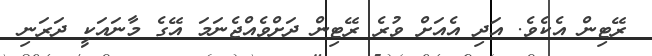
ރޭޓިން އެކެވެ. އަދި އެއަށް ވުރެ ރޭޓިން ދަށްވެއްޖެނަމަ އޭގެ މާނައަކީ ދަރަނި